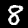
Digit: 8